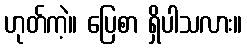
ဟုတ်ကဲ့။ ပြေစာ ရှိပါသလား။